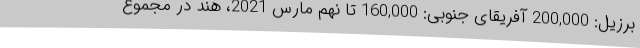
برزیل: 200,000 آفریقای جنوبی: 160,000 تا نهم مارس 2021، هند در مجموع